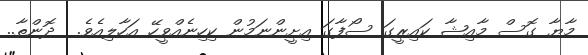
މާޔާ ގޮސް މާއިޝާ ކައިރީގަ ސޯފާގަ އިށީންނަމުން ކިހިނެއްވީހޭ އަހާލިއެވެ.  ދޮންތާ..